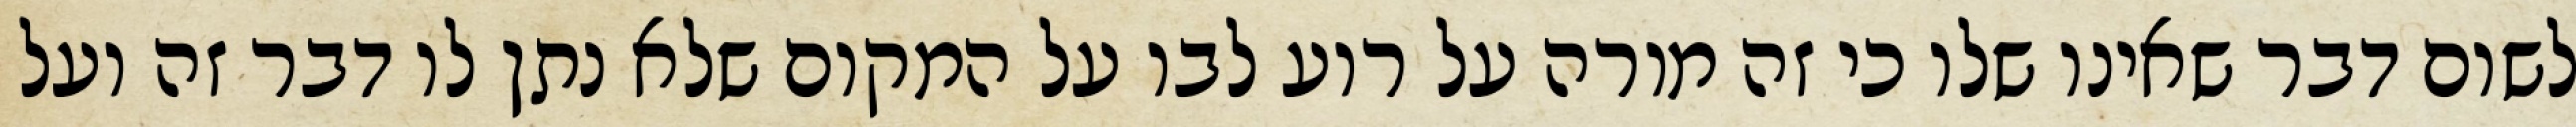
לשום דבר שאינו שלו כי זה מורה על רוע לבו על המקום שלא נתן לו דבר זה ועל